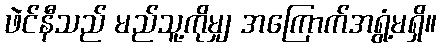
ဖဲင်နီသည် မည်သူ့ကိုမျှ အကြောက်အရွံ့မရှိ။